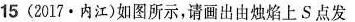
15(2017·内江)如图所示，请画出由烛焰上S点发